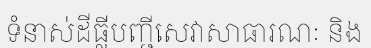
ទំនាស់ដីធ្លីបញ្ជីសេវាសាធារណៈ និង